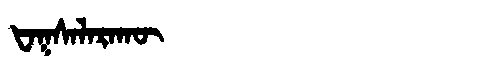
Manchu: ᡶᠠᡴᠰᠠᠯᠠᡵᠠᡴᡡ
Romanization: FAKSALARAKŪ